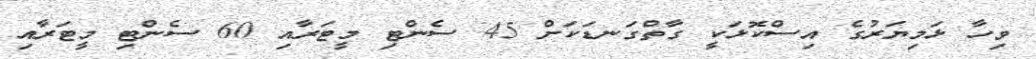
ވިހާ ޅަމިޔަރުގެ އިސްކޮޅަކީ ގާތްގަނޑަކަށް 45 ސެންޓި މީޓަރާއި 60 ސެންޓި މީޓަރާއި